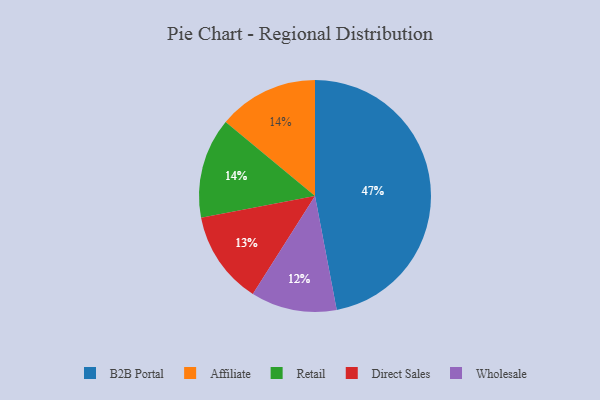
{"axis": {"x": "Category", "y": "Percentage"}, "legend": ["Affiliate", "B2B Portal", "Direct Sales", "Retail", "Wholesale"], "data": [{"x": "B2B Portal", "y": 47, "type": "B2B Portal"}, {"x": "Wholesale", "y": 12, "type": "Wholesale"}, {"x": "Affiliate", "y": 14, "type": "Affiliate"}, {"x": "Direct Sales", "y": 13, "type": "Direct Sales"}, {"x": "Retail", "y": 14, "type": "Retail"}]}